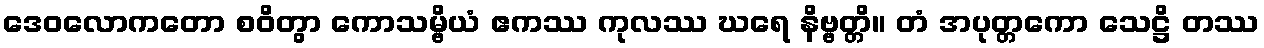
ဒေဝလောကတော စဝိတွာ ကောသမ္ဗိယံ ဧကဿ ကုလဿ ဃရေ နိဗ္ဗတ္တိ။ တံ အပုတ္တကော သေဋ္ဌိ တဿ